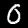
Label: 0